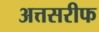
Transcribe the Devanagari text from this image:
अत्तसरीफ